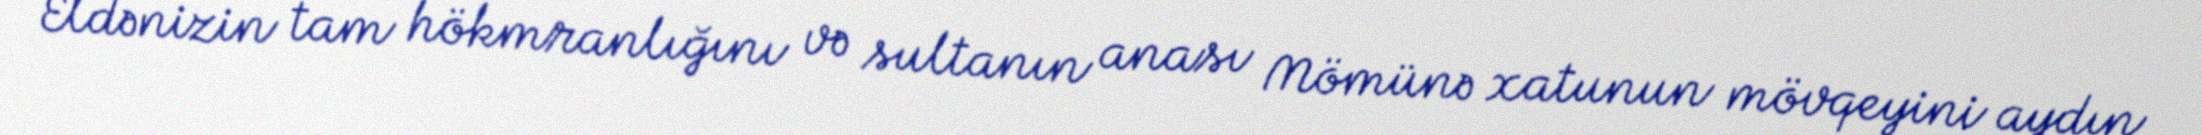
Eldənizin tam hökmranlığını və sultanın anası Mömünə xatunun mövqeyini aydın